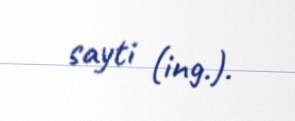
sayti (ing.).